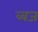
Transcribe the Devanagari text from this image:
व्वज